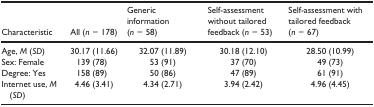
<table><thead><tr><td><b>Characteristic</b></td><td><b>All (<i>n</i> = 178)</b></td><td><b>Generic information (<i>n</i> = 58)</b></td><td><b>Self-assessment without tailored feedback (<i>n</i> = 53)</b></td><td><b>Self-assessment with tailored feedback (<i>n</i> = 67)</b></td></tr></thead><tbody><tr><td>Age, <i>M</i> (<i>SD</i>)</td><td>30.17 (11.66)</td><td>32.07 (11.89)</td><td>30.18 (12.10)</td><td>28.50 (10.99)</td></tr><tr><td>Sex: Female</td><td>139 (78)</td><td>53 (91)</td><td>37 (70)</td><td>49 (73)</td></tr><tr><td>Degree: Yes</td><td>158 (89)</td><td>50 (86)</td><td>47 (89)</td><td>61 (91)</td></tr><tr><td>Internet use, <i>M</i> (<i>SD</i>)</td><td>4.46 (3.41)</td><td>4.34 (2.71)</td><td>3.94 (2.42)</td><td>4.96 (4.45)</td></tr></tbody></table>